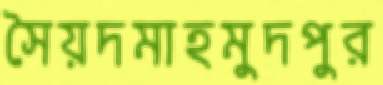
সৈয়দমাহমুদপুর